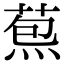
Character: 𦳤